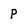
Character: P